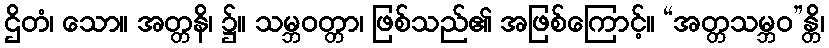
ဌိတံ၊ သော။ အတ္တနိ၊ ၌။ သမ္ဘဝတ္တာ၊ ဖြစ်သည်၏ အဖြစ်ကြောင့်။ “အတ္တသမ္ဘဝ”န္တိ၊